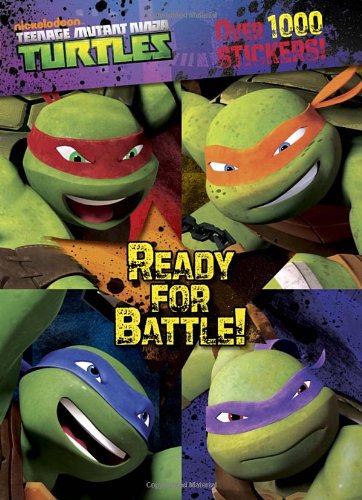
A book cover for Ready for Battle! (Teenage Mutant Ninja Turtles) (Color Plus 1,000 Stickers); Golden Books; Children's Books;